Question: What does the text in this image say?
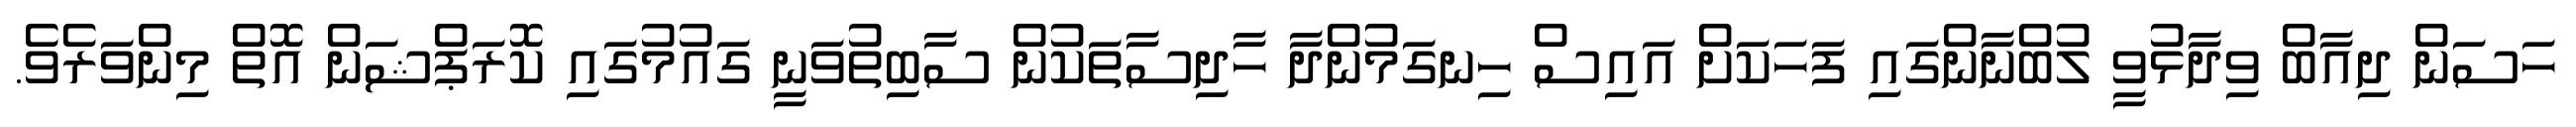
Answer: ހަސަން ދިއާބް ވިދާޅުވީ ލުބްނާންގައި ފަހަކަށް އައިސް ހިނގަމުންދާ ހާދިސާތަކުން ސާބިތުވަނީ ގައުމުގައި ކޮރަޕްޝަން އޮތް މިންވަރެވެ.